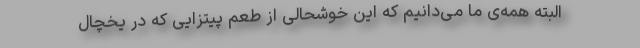
البته همه‌ی ما می‌دانیم که این خوشحالی از طعم پیتزایی که در یخچال